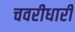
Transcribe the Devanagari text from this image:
चवरीधारी